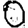
Digit: 0